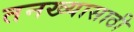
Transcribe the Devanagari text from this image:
तनख्यासाठी